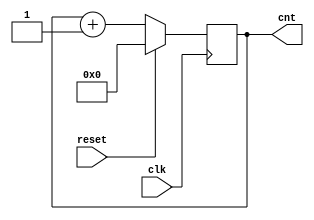
module top (clk, reset, cnt);

input		clk;
input		reset;
output	[7:0]	cnt;

reg	[7:0]	cnt;

always @(posedge clk)
	if (!reset)
		cnt = cnt + 1;
	else
		cnt = 0;

endmodule